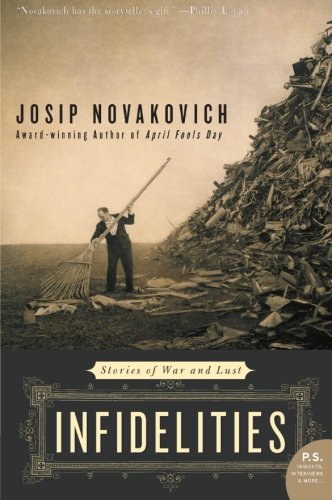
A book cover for Infidelities: Stories of War and Lust; Josip Novakovich; Literature & Fiction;